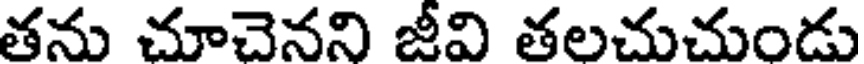
తను చూచెనని జీవి తలచుచుండు